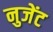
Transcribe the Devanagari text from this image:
नुजेंट